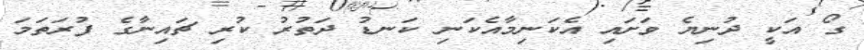
ގޯ އަކީ ދުނިޔެ ވަށައި އެކަނިމާއެކަނި ކަނޑު ދަތުރު ކުރި ޗައިނާގެ ފުރަތަމަ